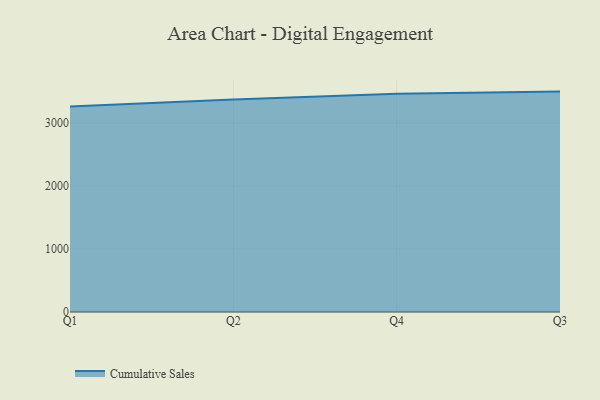
{"axis": {"x": "Quarter", "y": "Humidity (%)"}, "legend": ["Cumulative Sales"], "data": [{"x": "Q1", "y": 3262.5, "type": "Cumulative Sales"}, {"x": "Q2", "y": 3373.9, "type": "Cumulative Sales"}, {"x": "Q4", "y": 3465.5, "type": "Cumulative Sales"}, {"x": "Q3", "y": 3499.0, "type": "Cumulative Sales"}]}